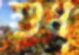
শুধ্